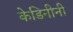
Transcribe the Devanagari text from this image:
केडिनीनी